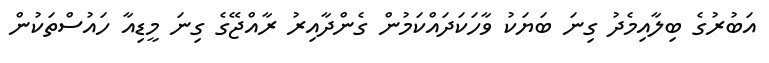
އަބުރުގެ ބިލާއިމެދު ގިނަ ބަޔަކު ވާހަކަދައްކަމުން ގެންދާއިރު ރާއްޖޭގެ ގިނަ މީޑިއާ ހައުސްތަކުން